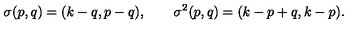
\sigma ( p , q ) = ( k - q , p - q ) , \qquad \sigma ^ { 2 } ( p , q ) = ( k - p + q , k - p ) .